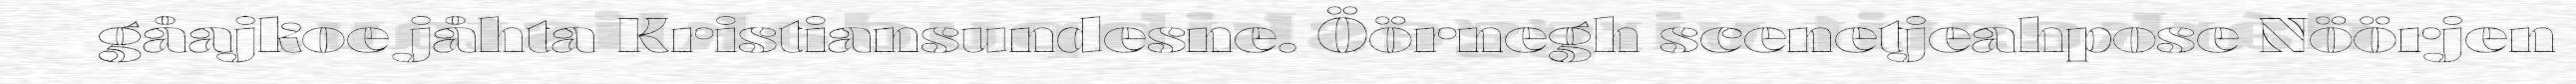
gåajkoe jåhta Kristiansundesne. Öörnegh scenetjeahpose Nöörjen